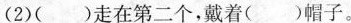
(2)( )走在第二个，戴着( )帽子。